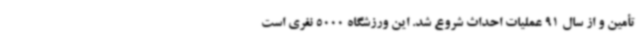
تأمین و از سال 91 عملیات احداث شروع شد. این ورزشگاه 5000 نفری است